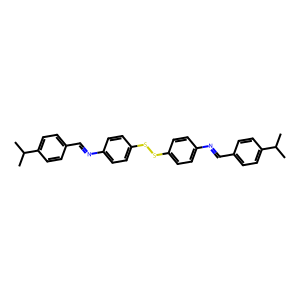
SMILES: CC(C)c1ccc(C=Nc2ccc(SSc3ccc(N=Cc4ccc(C(C)C)cc4)cc3)cc2)cc1
Inhibits HIV replication: No